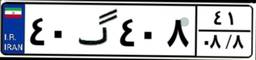
۴۰گ۴۰۸۴۱